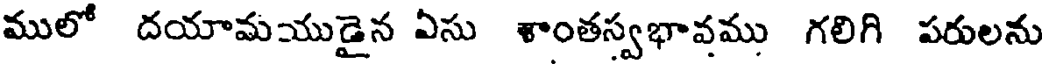
ములో దయామయుడైన ఏసు శాంతస్వభావము గలిగి పరులను